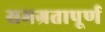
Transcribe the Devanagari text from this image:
समग्रतापूर्ण